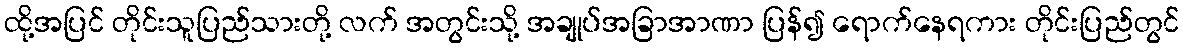
ထို့အပြင် တိုင်းသူပြည်သားတို့ လက် အတွင်းသို့ အချုပ်အခြာအာဏာ ပြန်၍ ရောက်နေရကား တိုင်းပြည်တွင်